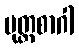
မုတ္တစာဂါ